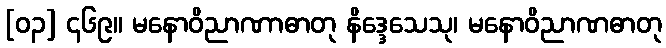
[၀၃] ၄၆၉။ မနောဝိညာဏာဓာတု နိဒ္ဒေသေသု၊ မနောဝိညာဏဓာတု